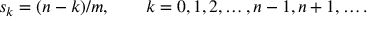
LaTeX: s _ { k } = ( n - k ) / m , \qquad k = 0 , 1 , 2 , \ldots , n - 1 , n + 1 , \dots .